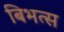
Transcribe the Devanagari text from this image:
बिभत्स